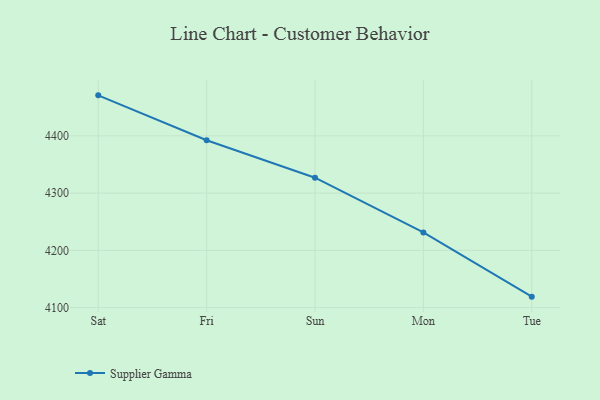
{"axis": {"x": "Day", "y": "Active Users"}, "legend": ["Supplier Gamma"], "data": [{"x": "Sat", "y": 4470.7, "type": "Supplier Gamma"}, {"x": "Fri", "y": 4392.3, "type": "Supplier Gamma"}, {"x": "Sun", "y": 4326.9, "type": "Supplier Gamma"}, {"x": "Mon", "y": 4231.2, "type": "Supplier Gamma"}, {"x": "Tue", "y": 4119.1, "type": "Supplier Gamma"}]}